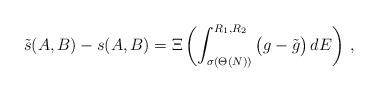
LaTeX: \begin{align*} \tilde s(A,B) - s(A,B) = \Xi\left( \int^{R_1,R_2}_{\sigma(\Theta(N))} \big(g-\tilde g\big) \, dE \right)\,, \end{align*}